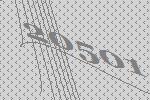
20501